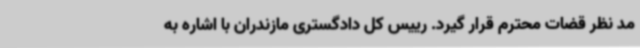
مد نظر قضات محترم قرار گیرد. رییس کل دادگستری مازندران با اشاره به